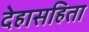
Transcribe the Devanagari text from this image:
देहासहिता